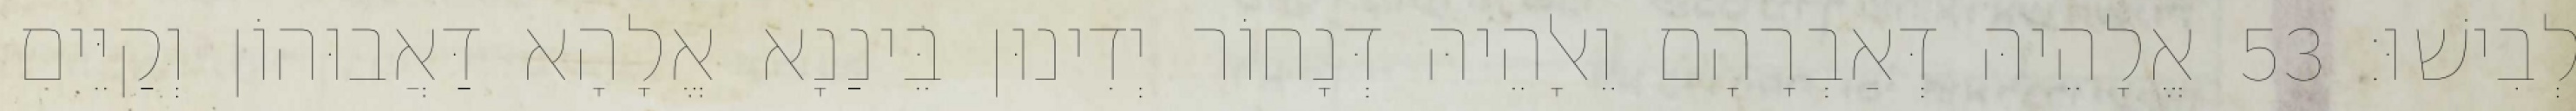
לְבִישׁוּ׃ 53 אֱלָהֵיהּ דְּאַבְרָהָם וֵאלָהֵיהּ דְּנָחוֹר יְדִינוּן בֵּינַנָא אֱלָהָא דַּאֲבוּהוֹן וְקַיֵּים